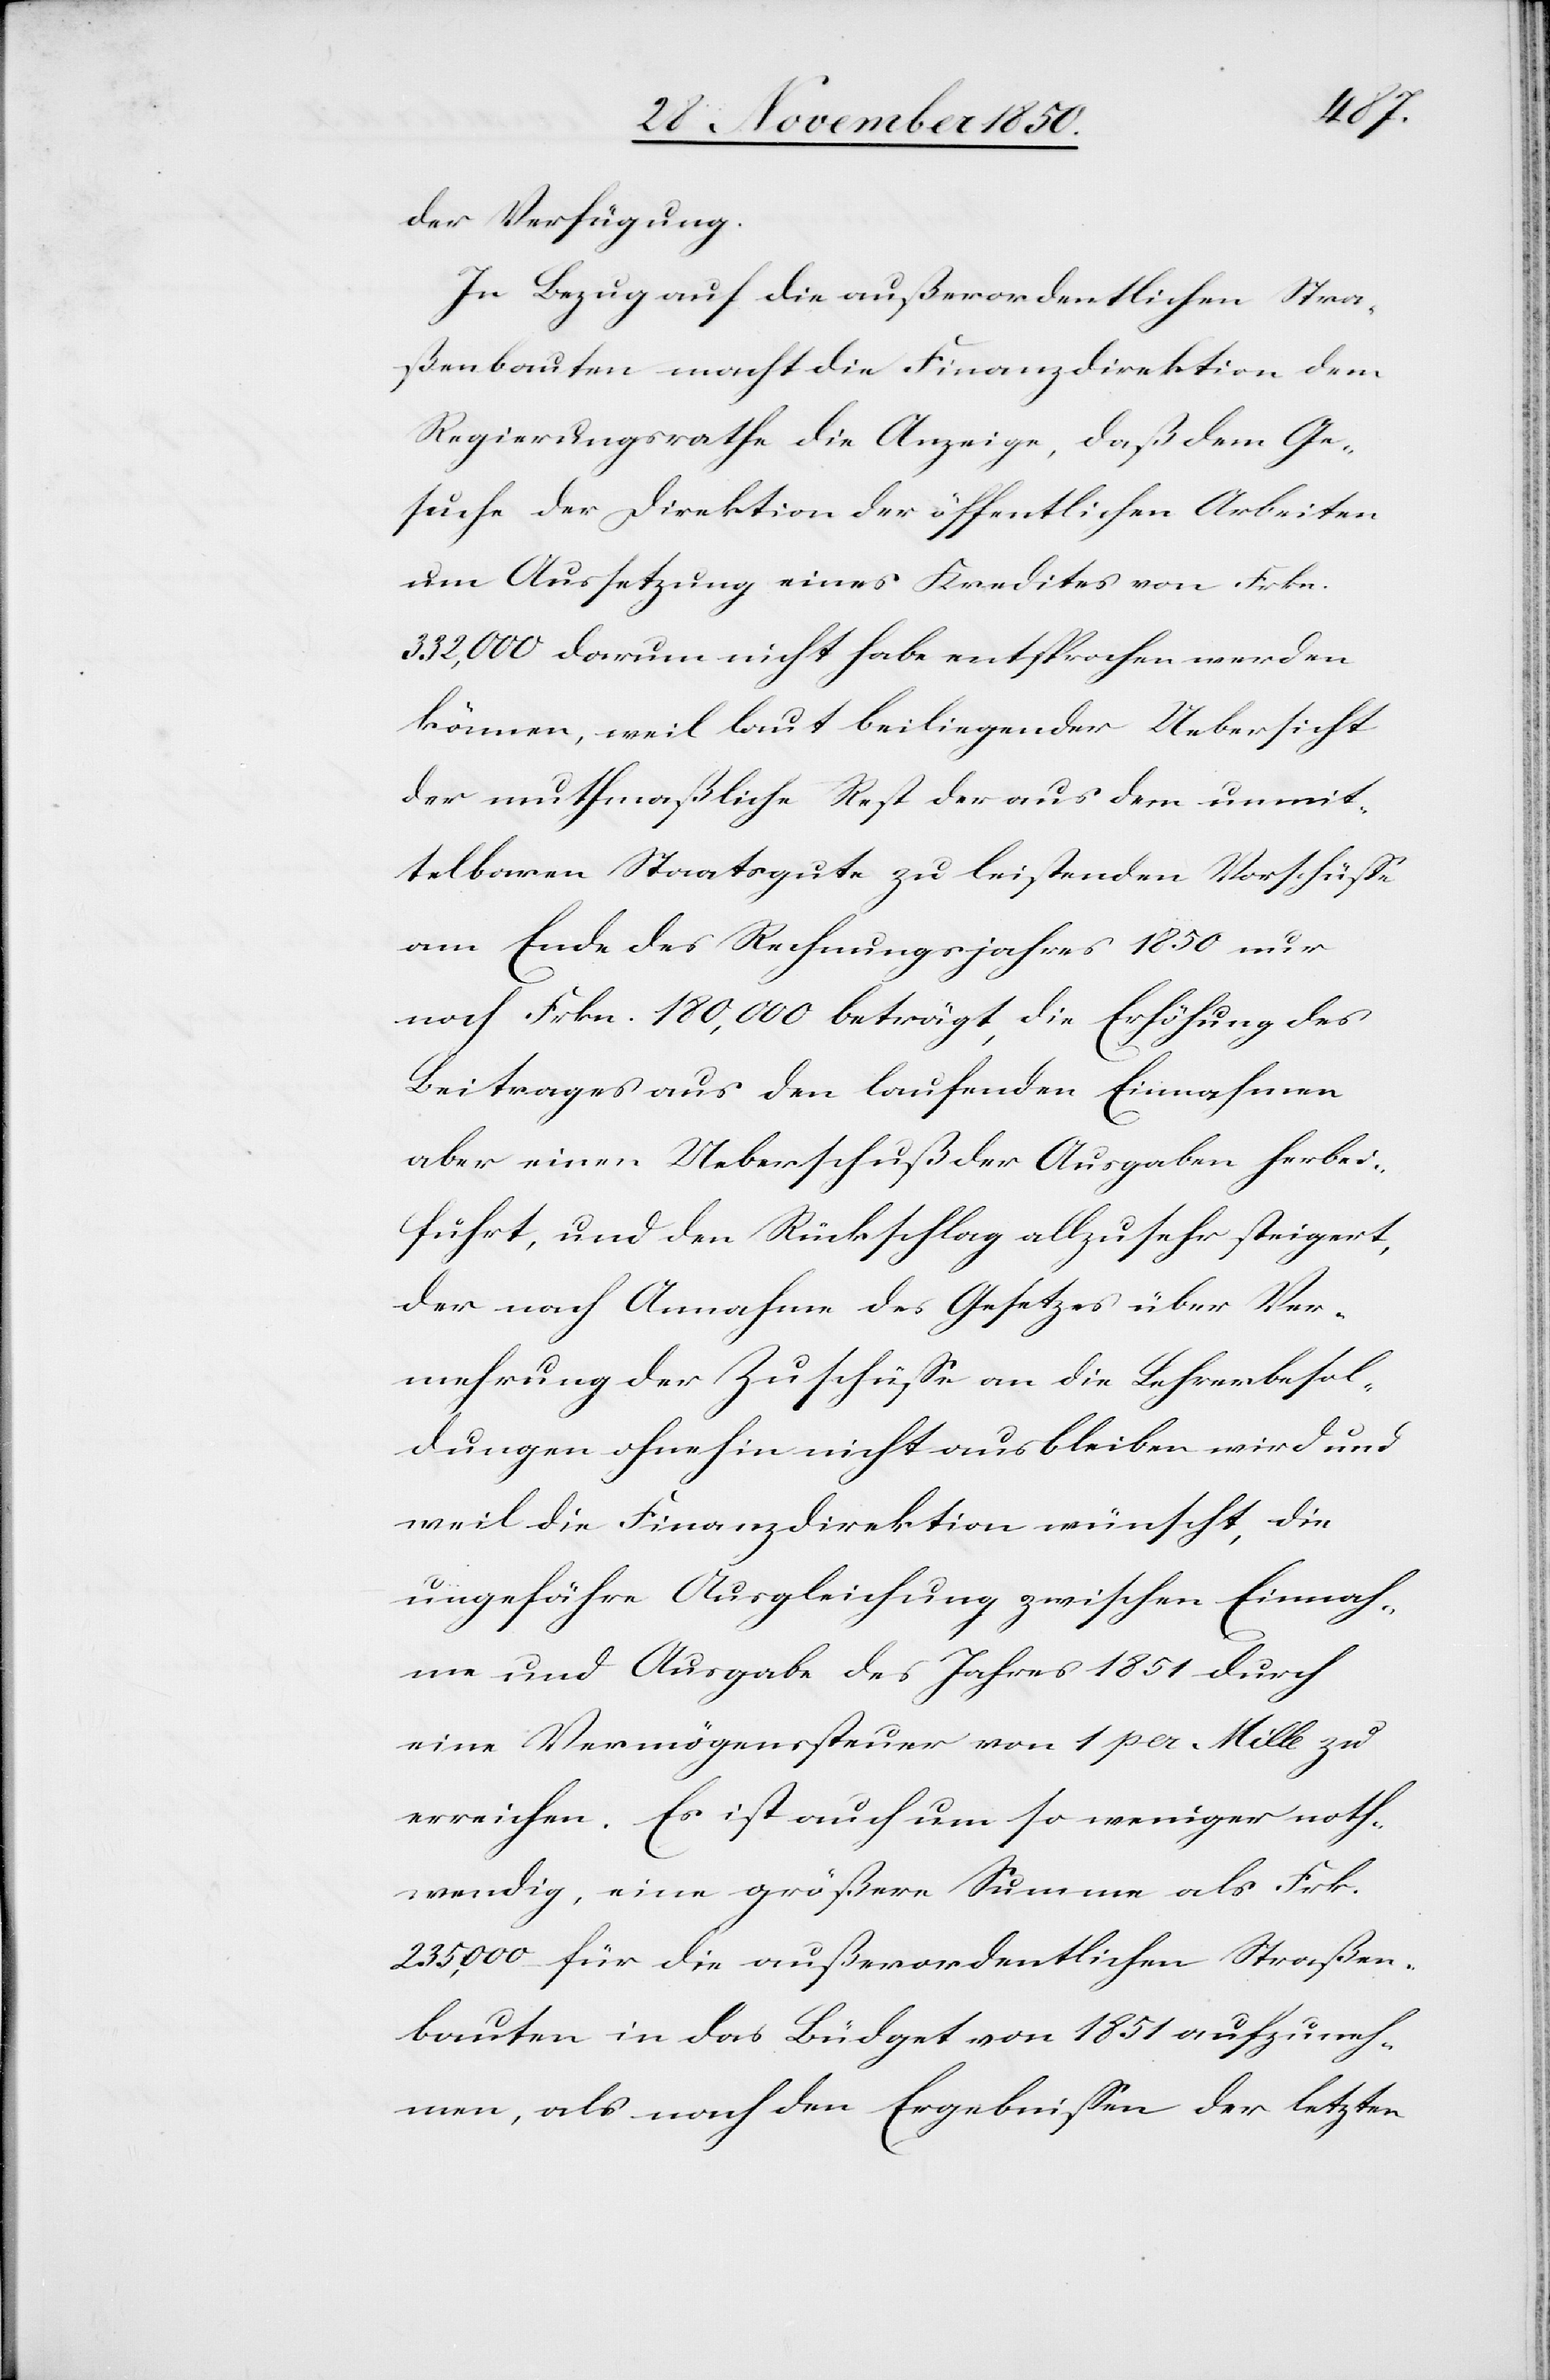
der Verfügung.
In Bezug auf die außerordentlichen Stra¬
ßenbauten macht die Finanzdirektion dem
Regierungsrathe die Anzeige, daß dem Ge¬
suche der Direktion der öffentlichen Arbeiten
um Aussetzung eines Kredites von Frkn.
332,000 darum nicht habe entsprochen werden
können, weil laut beiliegender Uebersicht
der muthmaßliche Rest der aus dem unmit¬
telbaren Staatsgute zu leistenden Vorschüsse
am Ende des Rechnungsjahres 1850 nur
noch Frkn. 180,000 beträgt, die Erhöhung des
Beitrages aus den laufenden Einnahmen
aber einen Ueberschuß der Ausgaben herbei¬
führt, und den Rückschlag allzusehr steigert,
der nach Annahme des Gesetzes über Ver¬
mehrung der Zuschüsse an die Lehrerbesol¬
dungen ohnehin nicht ausbleiben wird und
weil die Finanzdirektion wünscht, die
ungefähre Ausgleichung zwischen Einnah¬
me und Ausgabe des Jahres 1851 durch
eine Vermögenssteuer von 1 per Mille zu
erreichen. Es ist auch um so weniger noth¬
wendig, eine größere Summe als Frk.
235,000 für die außerordentlichen Straßen¬
bauten in das Büdget von 1851 aufzuneh¬
men, als nach den Ergebnissen der letzten